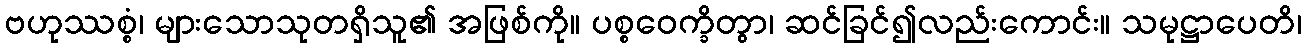
ဗဟုဿစ္စံ၊ များသောသုတရှိသူ၏ အဖြစ်ကို။ ပစ္စဝေက္ခိတွာ၊ ဆင်ခြင်၍လည်းကောင်း။ သမုဋ္ဌာပေတိ၊